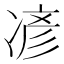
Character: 𫝏